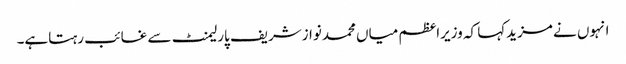
انہوں نے مزیدکہا کہ وزیراعظم میاں محمدنوازشریف پارلیمنٹ سے غائب رہتاہے۔